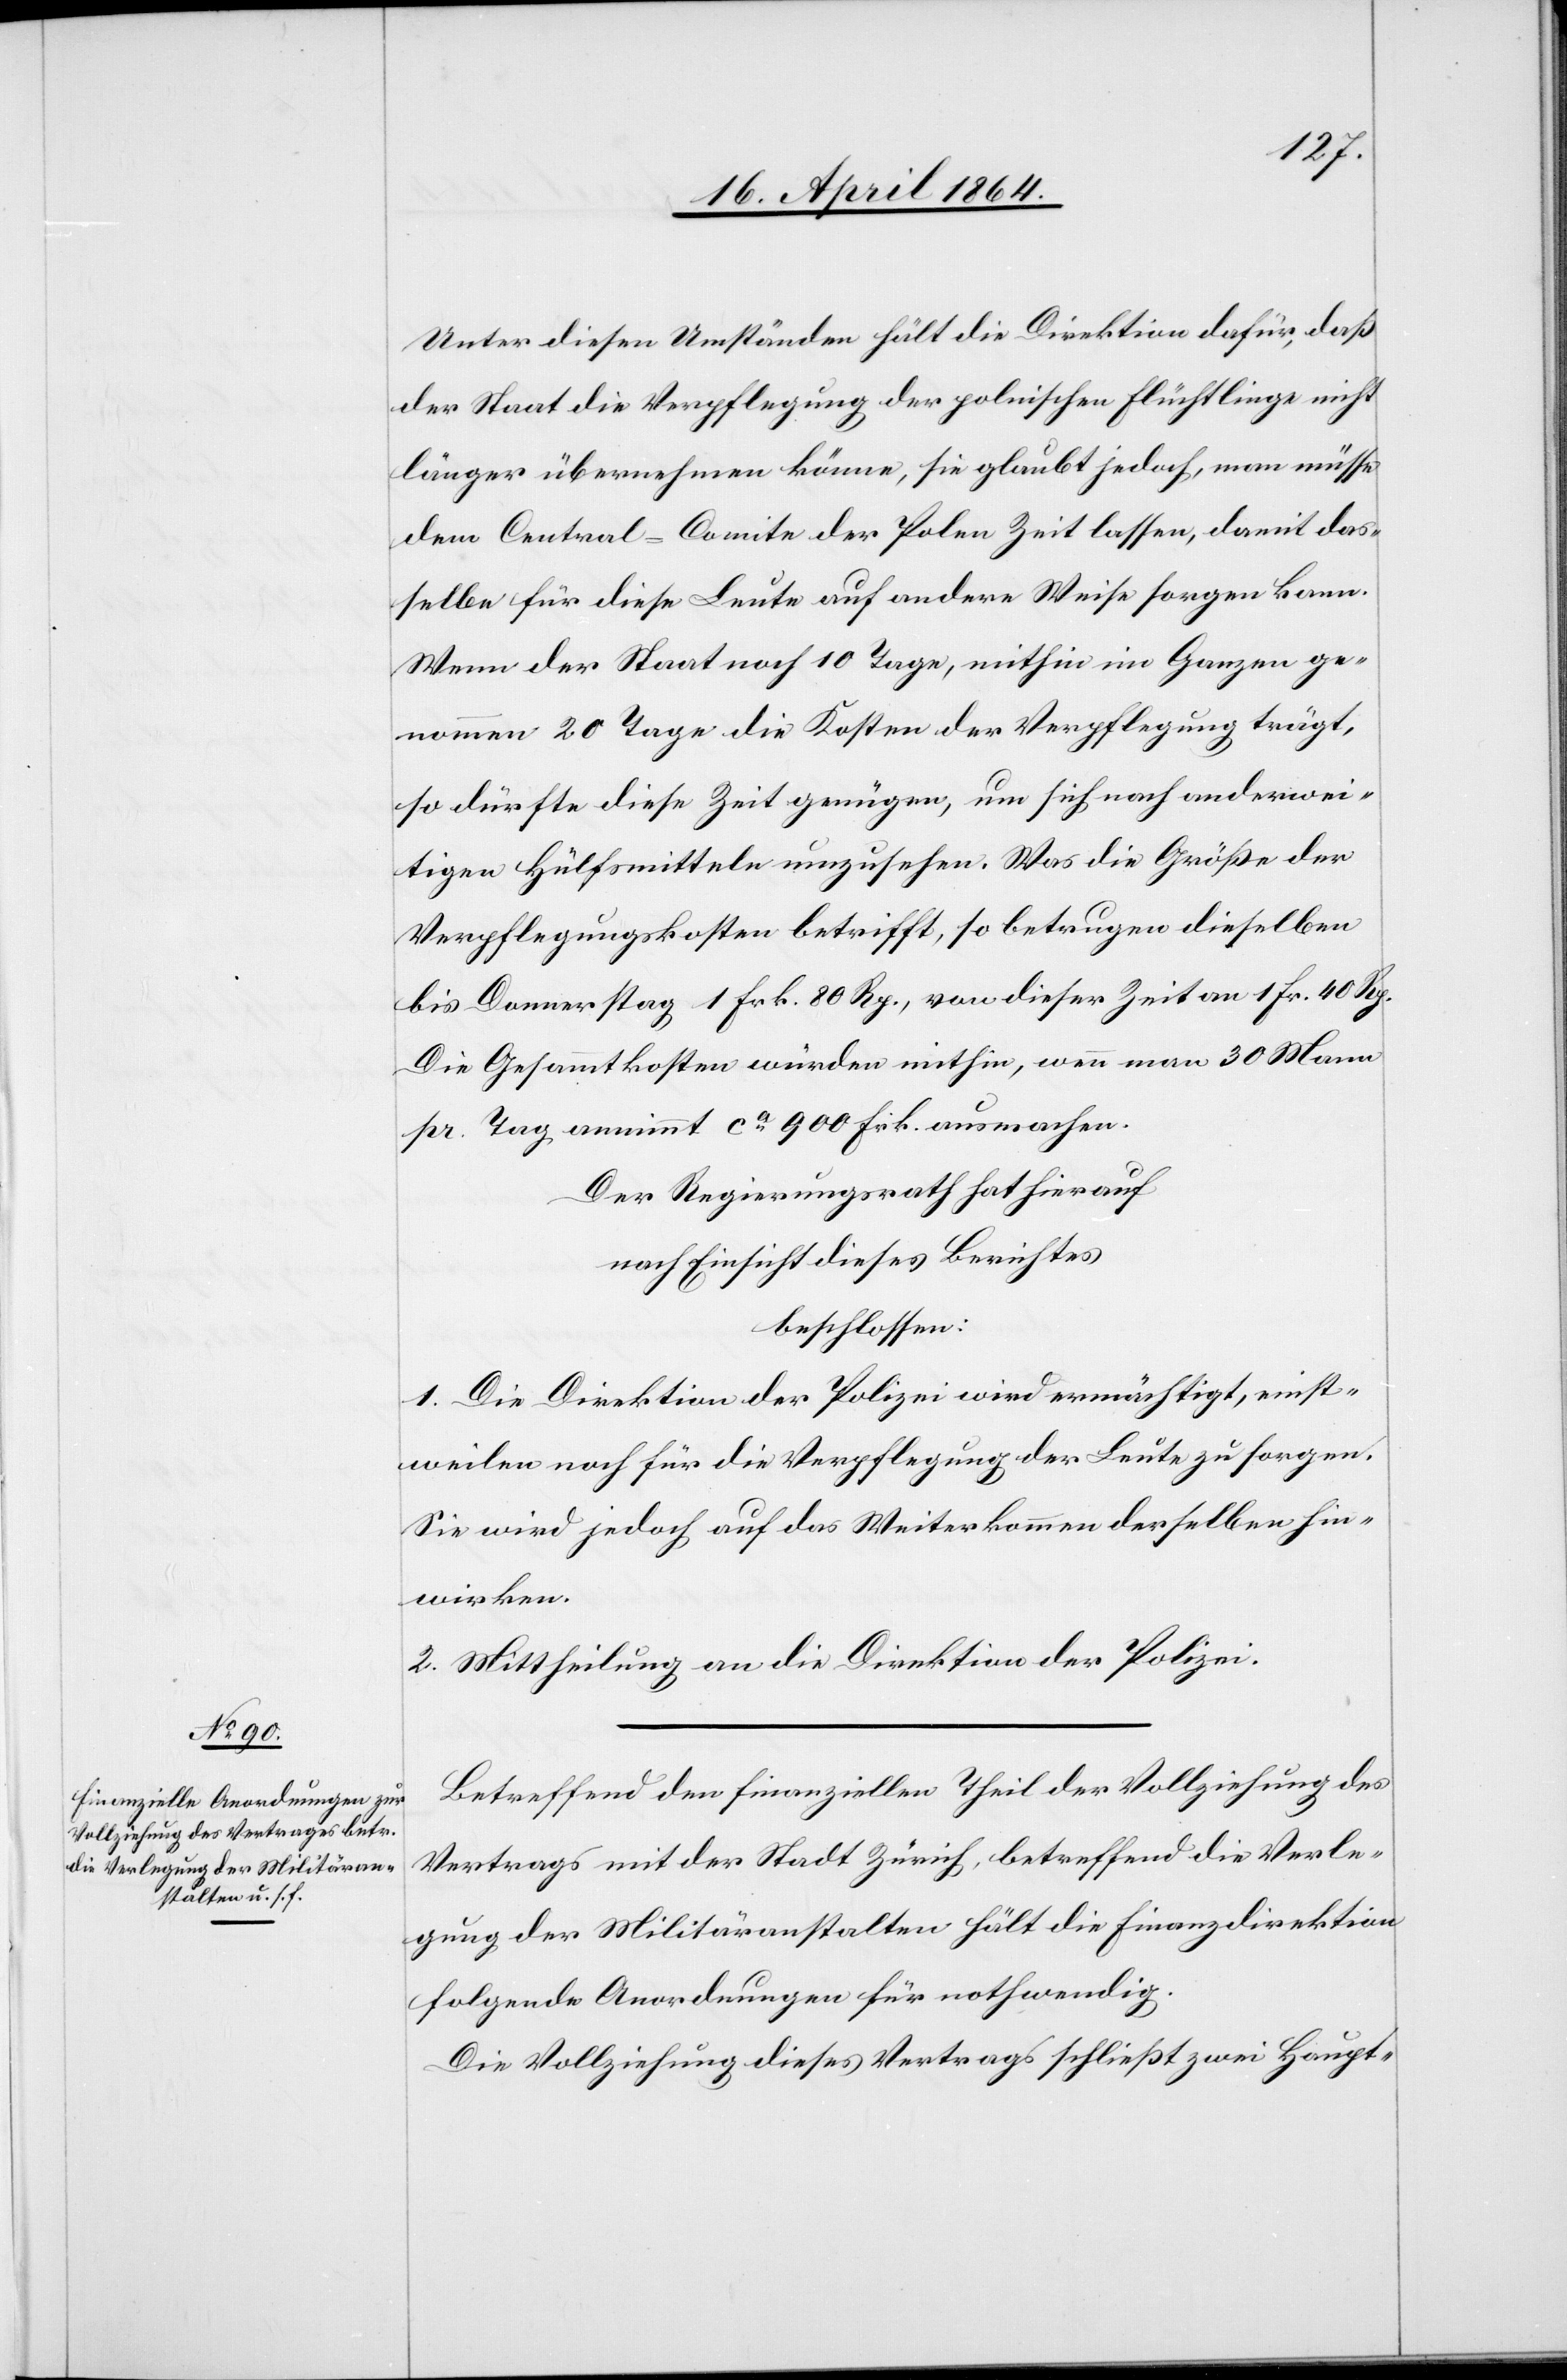
Unter diesen Umständen hält die Direktion dafür, daß
der Staat die Verpflegung der polnischen Flüchtlinge nicht
länger übernehmen könne, sie glaubt jedoch, man müsse
dem Central-Comite der Polen Zeit lassen, damit das¬
selbe für diese Leute auf andere Weise sorgen kann.
Wenn der Staat noch 10 Tage, mithin im Ganzen ge¬
nommen 20 Tage die Kosten der Verpflegung trägt,
so dürfte diese Zeit genügen, um sich nach anderwei¬
tigen Hülfsmitteln umzusehen. Was die Größe der
Verpflegungskosten betrifft, so betrugen dieselben
bis Donnerstag 1 Frk. 80 Rp., von dieser Zeit an 1 Fr. 40 Rp.
Die Gesammtkosten würden mithin, wenn man 30 Mann
pr. Tag annimmt, ca 900 Frk. ausmachen.
Der Regierungsrath hat hierauf
nach Einsicht dieses Berichtes
beschlossen:
1. Die Direktion der Polizei wird ermächtigt, einst¬
weilen noch für die Verpflegung der Leute zu sorgen.
Sie wird jedoch auf das Weiterkommen derselben hin¬
wirken.
2. Mittheilung an die Direktion der Polizei.
Betreffend den finanziellen Theil der Vollziehung des
Vertrags mit der Stadt Zürich, betreffend die Verle¬
gung der Militäranstalten hält die Finanzdirektion
folgende Anordnungen für nothwendig.
Die Vollziehung dieses Vertrags schließt zwei Haupt-